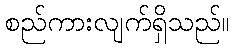
စည်ကားလျက်ရှိသည်။